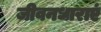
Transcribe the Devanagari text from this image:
जीवनधाराएं